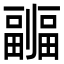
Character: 𠠦